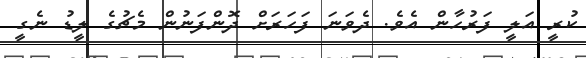
ކުރީ އަލީ ފަރުހާން އެވެ. ދެވަނަ ފަހަރަށް ދޮންފަނުން މެޗުގެ ލީޑު ނެގީ